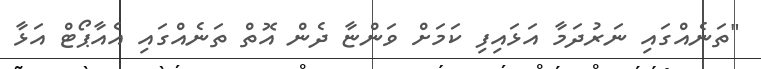
"ތަނެއްގައި ނަރުދަމާ އަޅައިފި ކަމަށް ވަންޏާ ދެން އޮތް ތަނެއްގައި އެއާޕޯޓް އަޅާ